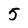
Character: 5